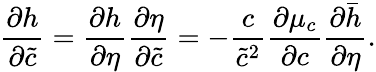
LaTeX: \frac{\partial h}{\partial\tilde{c}}=\frac{\partial h}{\partial\eta}\frac{\partial\eta}{\partial\tilde{c}}=-\frac{c}{\tilde{c}^{2}}\frac{\partial\mu_{c}}{\partial c}\frac{\partial\bar{h}}{\partial\eta}.